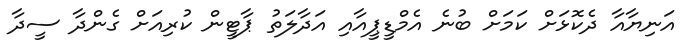
އަނިޔާއާ ދެކޮޅަށް ކަމަށް ބުނެ އެމްޑީޕީއާއި އަދާލަތު ޕާޓީން ކުރިއަށް ގެންދާ ސީދާ